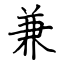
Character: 兼